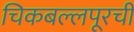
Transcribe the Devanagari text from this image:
चिकबल्लपूरची